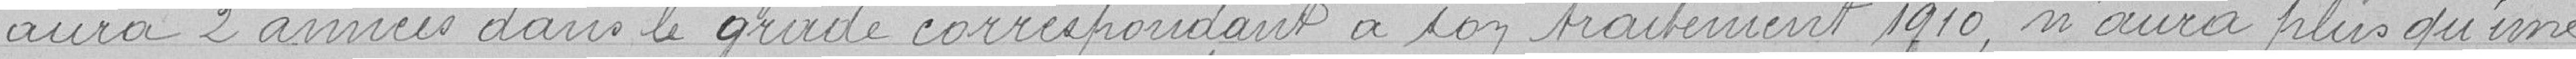
aura 2 années dans le grade correspondant à son traitement 1910, n'aura plus qu'une